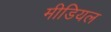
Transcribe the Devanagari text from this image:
मीडियल